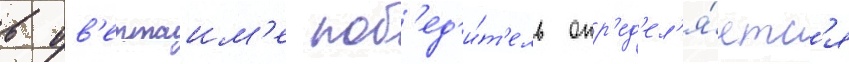
в ов'ертаим'е поб'ед'и́т'ель опр'ед'ел'я́етс'я